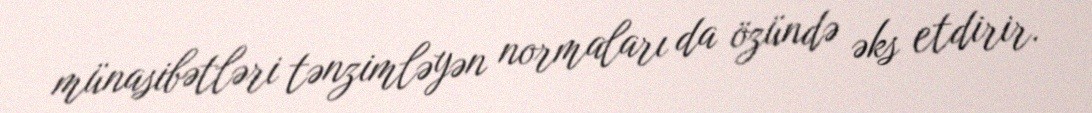
münasibətləri tənzimləyən normaları da özündə əks etdirir.